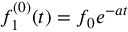
f _ { 1 } ^ { ( 0 ) } ( t ) = f _ { 0 } e ^ { - a t }